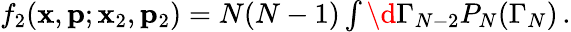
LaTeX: \begin{array}{r}{f_{2}(\mathbf{x},\mathbf{p};\mathbf{x}_{2},\mathbf{p}_{2})=N(N-1)\int\d\Gamma_{N-2}P_{N}(\Gamma_{N})\, .}\end{array}